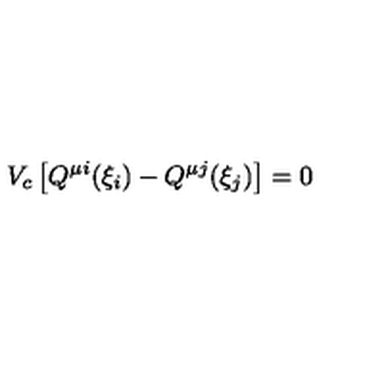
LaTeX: V _ { c } \left[ Q ^ { \mu i } ( \xi _ { i } ) - Q ^ { \mu j } ( \xi _ { j } ) \right] = 0